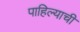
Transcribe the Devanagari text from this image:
पाहिल्याची